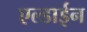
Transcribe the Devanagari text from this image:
एल्डाईन